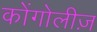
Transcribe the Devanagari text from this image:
कोंगोलीज़